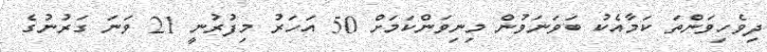
ދިވެހިވަންތަ ކަމާއެކު ބަވަނަވުން މިނިވަންކަމަށް 50 އަހަރު މިފުރުނީ 21 ވަނަ ގަރުނުގެ